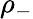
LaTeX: \rho_{-}